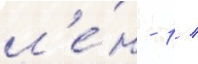
л'е́н - 1 /